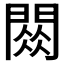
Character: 𫔧